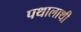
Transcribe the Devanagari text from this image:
पथालाथी